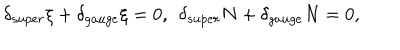
\delta _ { s u p e r } \xi + \delta _ { g a u g e } \xi = 0 , \: \: \delta _ { s u p e r } N + \delta _ { g a u g e } N = 0 ,